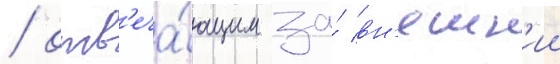
/ отв'еча́ющим за́ вн'ешн'ии